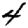
Digit: 4